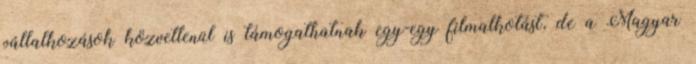
vállalkozások közvetlenül is támogathatnak egy-egy filmalkotást, de a Magyar